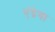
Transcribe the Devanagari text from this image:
एंद्रेया